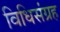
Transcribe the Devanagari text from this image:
विधिसंग्रह